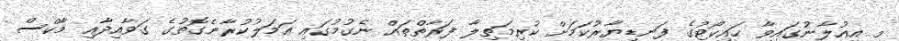
މި އިޢުލާނުގައިވާ ހައިކޯޓުގެ ފަނޑިޔާރުކަމަށް ކުރިމަތިލާ ފަރާތްތައް ނެގުމުގައި ޢަމަލުކުރާނެގޮތުގެ ގަވާއިދާއި މާކްސް